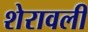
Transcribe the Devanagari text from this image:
शेरावली